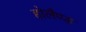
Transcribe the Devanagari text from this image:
होलैण्ड